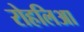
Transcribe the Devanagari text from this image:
रोहलिआ